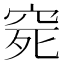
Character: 𥥱